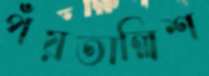
পঁয়তাল্লিশ